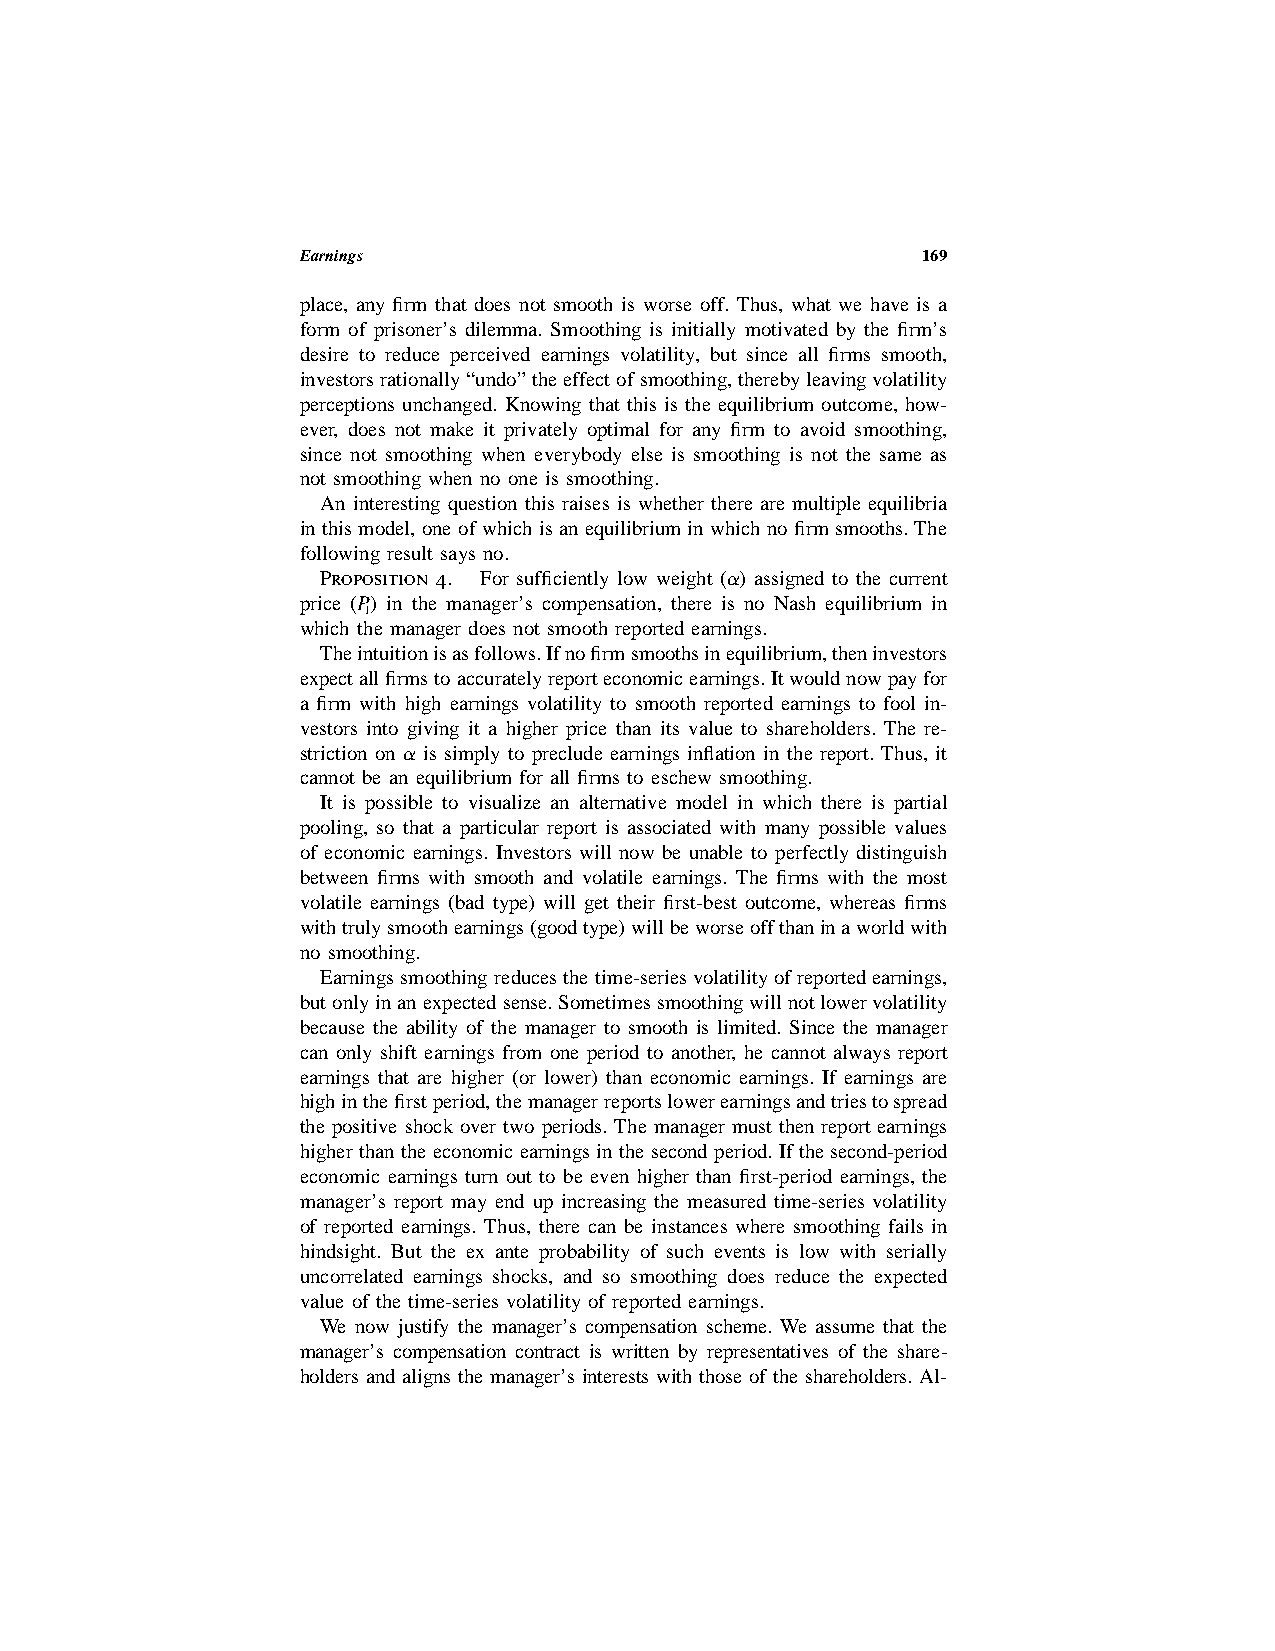
Earnings                                 169
 place, any firm that does not smooth is worse off. Thus, what we have is a
 form of prisoner’s dilemma. Smoothing is initially motivated by the firm’s
 desire to reduce perceived earnings volatility, but since all firms smooth,
 investorsrationally“undo”theeffectofsmoothing,therebyleavingvolatility
 perceptions unchanged. Knowing that this is the equilibrium outcome, how-
 ever, does not make it privately optimal for any firm to avoid smoothing,
 since not smoothing when everybody else is smoothing is not the same as
 not smoothing when no one is smoothing.
 An interesting question this raises is whether there are multiple equilibria
 in this model, one ofwhich isan equilibriuminwhichnofirmsmooths.The
 following result says no.
 Proposition 4. For sufficiently low weight (a) assigned to the current
 price (P) in the manager’s compensation, there is no Nash equilibrium in
 1
 which the manager does not smooth reported earnings.
 Theintuitionisasfollows.Ifnofirmsmoothsinequilibrium,theninvestors
 expectallfirmstoaccuratelyreporteconomicearnings.Itwouldnowpayfor
 a firm with high earnings volatility to smooth reported earnings to fool in-
 vestors into giving it a higher price than its value to shareholders. The re-
 striction on a is simply to preclude earnings inflation in the report. Thus, it
 cannot be an equilibrium for all firms to eschew smoothing.
 It is possible to visualize an alternative model in which there is partial
 pooling, so that a particular report is associated with many possible values
 of economic earnings. Investors will now be unable to perfectly distinguish
 between firms with smooth and volatile earnings. The firms with the most
 volatile earnings (bad type) will get their first-best outcome, whereas firms
 withtrulysmoothearnings(goodtype)willbeworseoffthaninaworldwith
 no smoothing.
 Earnings smoothing reducesthe time-seriesvolatilityofreportedearnings,
 butonlyinanexpectedsense.Sometimessmoothingwillnotlowervolatility
 because the ability of the manager to smooth is limited. Since the manager
 can only shift earnings from one period to another, he cannot always report
 earnings that are higher (or lower) than economic earnings. If earnings are
 highinthefirstperiod,themanagerreportslowerearningsandtriestospread
 the positive shock over two periods. The manager must then reportearnings
 higher than the economic earningsin thesecondperiod.Ifthesecond-period
 economic earnings turn out to be even higher than first-period earnings, the
 manager’s report may end up increasing the measured time-series volatility
 of reported earnings. Thus, there can be instances where smoothing fails in
 hindsight. But the ex ante probability of such events is low with serially
 uncorrelated earnings shocks, and so smoothing does reduce the expected
 value of the time-series volatility of reported earnings.
 We now justify the manager’s compensation scheme. We assume that the
 manager’s compensation contract is written by representatives of the share-
 holders and aligns the manager’s interests with those of the shareholders. Al-